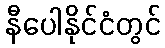
နီပေါနိုင်ငံတွင်